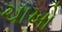
ચાખો